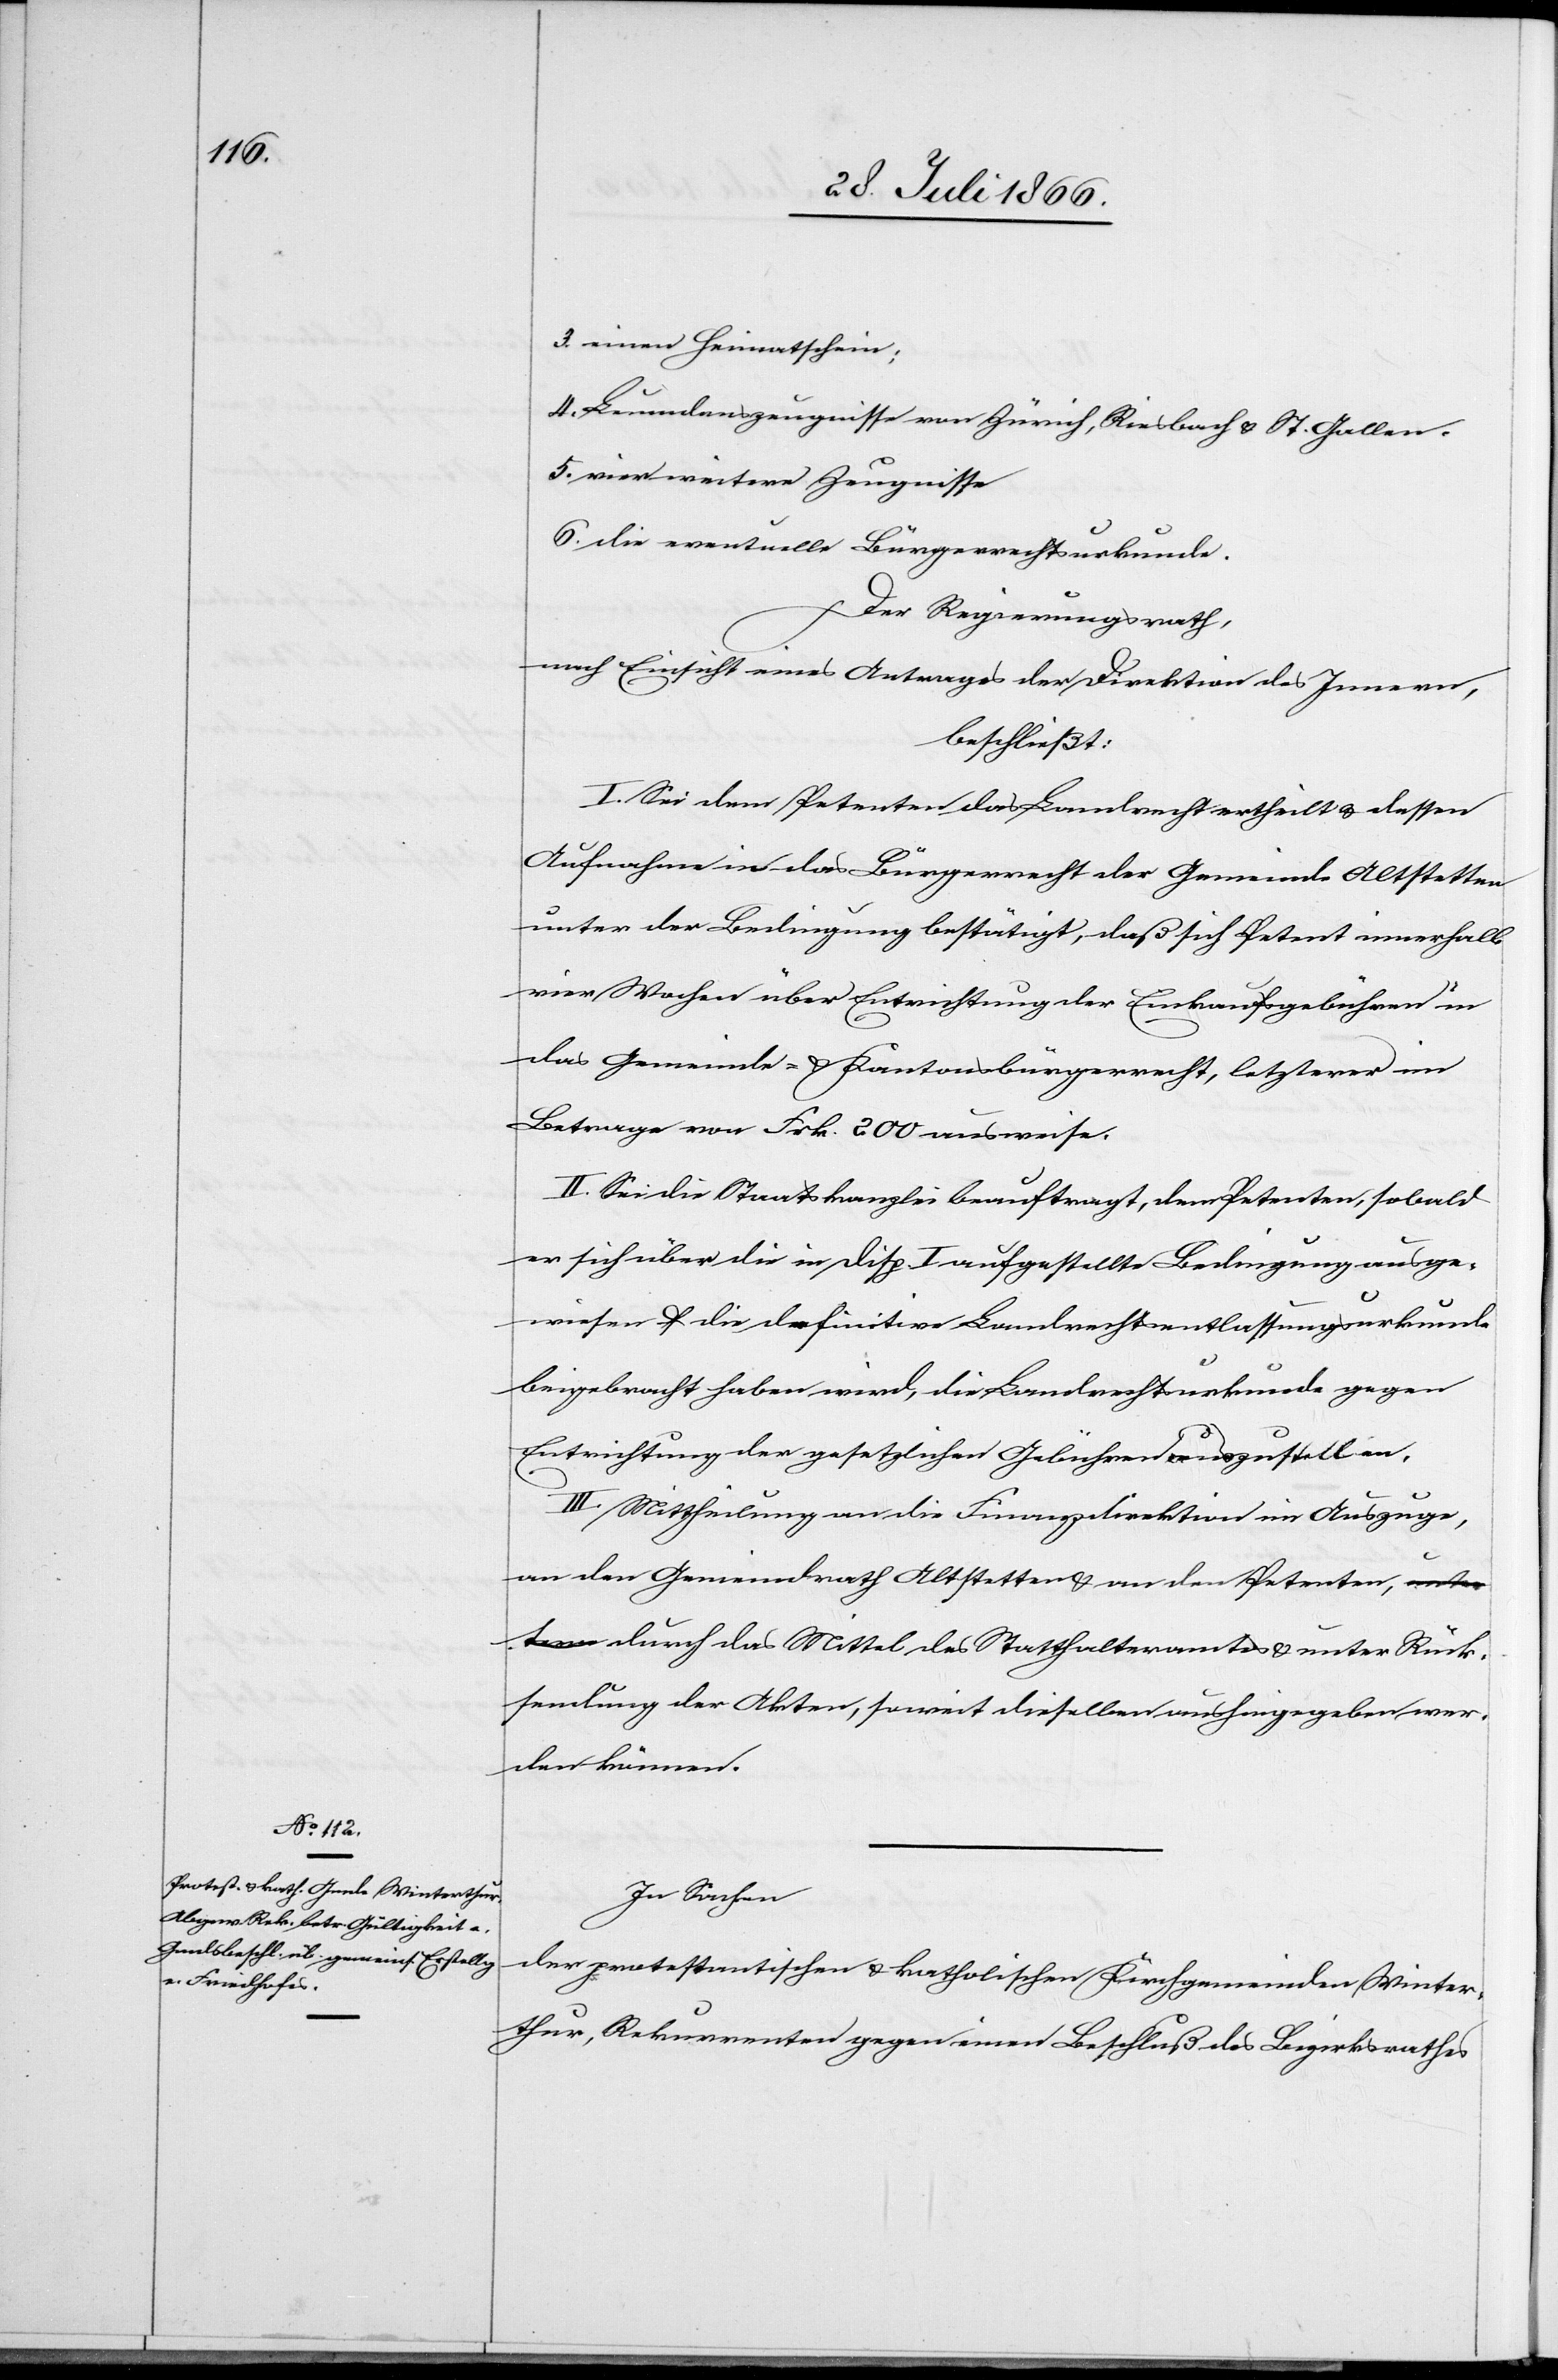
3. einen Heimatschein:
4. Leumundszeugnisse von Zürich, Riesbach u. St. Gallen.
5. vier weitere Zeugnisse
6. die eventuelle Bürgerrechtsurkunde.
Der Regierungsrath,
nach Einsicht eines Antrages der Direktion des Innern,
beschließt:
I. Sei dem Petenten dass Landrecht ertheilt u. dessen
Aufnahme in das Bürgerrecht der Gemeinde Altstetten
unter der Bedingung bestätigt, daß sich Petent innerhalb
vier Wochen über Entrichtung der Einkaufsgebühren in
das Gemeinde- u. Kantonsbürgerrecht, letzteres im
Betrage von Frk. 200 ausweise.
II. Sei die Staatskanzlei beauftragt, dem Petenten, sobald
er sich über die in Disp. I aufgestellte Bedingung ausge¬
wiesen u. die definitive Landrechtsentlassungsurkunde
beigebracht haben wird, die Landrechtsurkunde gegen
Entrichtung der gesetzlichen Gebühren auszustellen.
III. Mittheilung an die Finanzdirektion im Auszuge,
an den Gemeindrath Altstetten u. an den Petenten,
durch das Mittel des Statthalteramtes u. unter Rück¬
sendung der Akten, soweit dieselben aushingegeben wer¬
den können.
In Sachen
der protestantischen u. katholischen Kirchgemeinden Winter¬
thur, Rekurrenten gegen einen Beschluß des Bezirksrathes